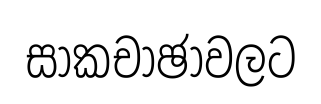
සාකචාඡාවලට